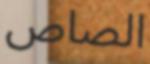
الصاص